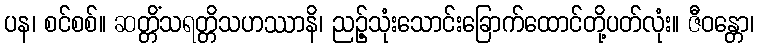
ပန၊ စင်စစ်။ ဆတ္တိံသရတ္တိသဟဿာနိ၊ ညဉ့်သုံးသောင်းခြောက်ထောင်တို့ပတ်လုံး။ ဇီဝန္တော၊